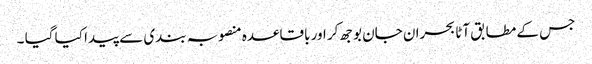
جس کے مطابق آٹا بحران جان بوجھ کر اور باقاعدہ منصوبہ بندی سے پیدا کیا گیا ۔